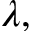
\lambda ,